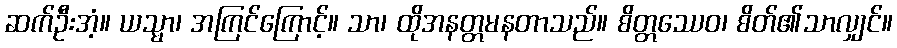
ဆက်ဦးအံ့။ ယသ္မာ၊ အကြင်ကြောင့်။ သာ၊ ထိုအနတ္တမနတာသည်။ စိတ္တဿေဝ၊ စိတ်၏သာလျှင်။